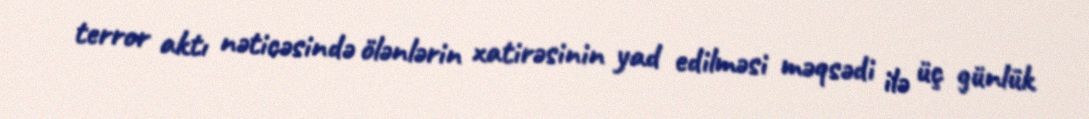
terror aktı nəticəsində ölənlərin xatirəsinin yad edilməsi məqsədi ilə üç günlük